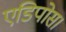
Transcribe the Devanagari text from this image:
एडिपोस।